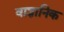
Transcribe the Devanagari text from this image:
वाज्ञानिक